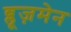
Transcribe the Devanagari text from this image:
ब्लूज़मेन